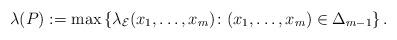
LaTeX: \begin{align*}\lambda(P) := \max\left\{\lambda_{\mathcal{E}}(x_1,\dots,x_m) \colon (x_1,\dots,x_m)\in \Delta_{m-1} \right\}.\end{align*}